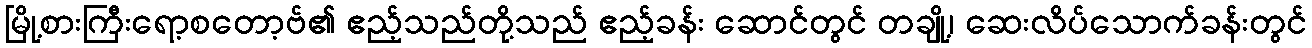
မြို့စားကြီးရော့စတော့ဗ်၏ ဧည့်သည်တို့သည် ဧည့်ခန်း ဆောင်တွင် တချို့၊ ဆေးလိပ်သောက်ခန်းတွင်